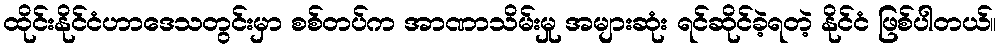
ထိုင်းနိုင်ငံဟာဒေသတွင်းမှာ စစ်တပ်က အာဏာသိမ်းမှု အများဆုံး ရင်ဆိုင်ခဲ့ရတဲ့ နိုင်ငံ ဖြစ်ပါတယ်။